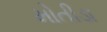
મોતીડા